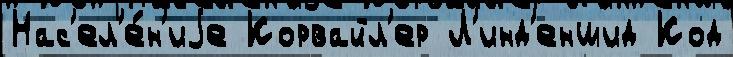
Нас'ел'е́н'иjе Корвайл'ер Л'инд'еншид Код